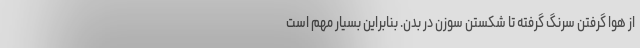
از هوا گرفتن سرنگ گرفته تا شکستن سوزن در بدن. بنابراین بسیار مهم است